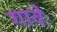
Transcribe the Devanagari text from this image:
गावेः